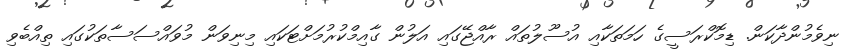
ނިވެމުންދާކަން. ޑިމޮކްރަސީގެ ހަމަތަކާއި އުސޫލުތައް ރާއްޖޭގައި އަލުން ގާއިމްކުރުމަށްޓަކައި މިނިވަން މުވައްސަސާތަކުގައި ތިއްބެވި